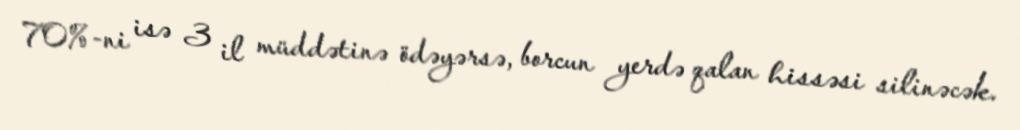
70%-ni isə 3 il müddətinə ödəyərsə, borcun yerdə qalan hissəsi silinəcək.